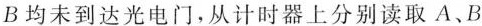
B均未到达光电门，从计时器上分别读取A、B